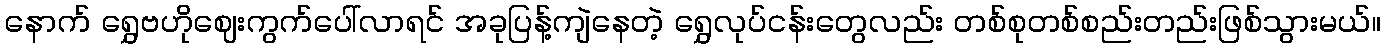
နောက် ရွှေဗဟိုဈေးကွက်ပေါ်လာရင် အခုပြန့်ကျဲနေတဲ့ ရွှေလုပ်ငန်းတွေလည်း တစ်စုတစ်စည်းတည်းဖြစ်သွားမယ်။